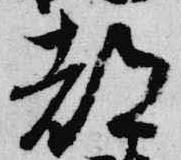
都